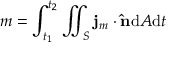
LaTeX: m = \int _ { t _ { 1 } } ^ { t _ { 2 } } \iint _ { S } \mathbf { j } _ { m } \cdot \mathbf { \hat { n } } \mathrm { { d } } A \mathrm { { d } } t